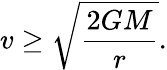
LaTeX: v\geq{\sqrt{\frac{2GM}{r}}}.